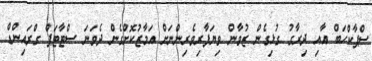
ސްޕާކްހަބް އާއި ދިރާގު ގުޅިގެން ޒުވާން ވިޔަފާރިވެރިންނަށް އަމާޒުކޮށްގެން ދެވަނަ ސްޓާޓަޕް ގްރައިންޑް